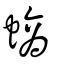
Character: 螪